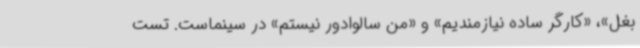
بغل»، «کارگر ساده نیازمندیم» و «من سالوادور نیستم» در سینماست. تست